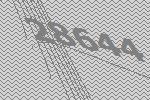
28644